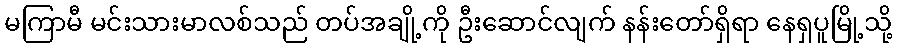
မကြာမီ မင်းသားမာလစ်သည် တပ်အချို့ကို ဦးဆောင်လျက် နန်းတော်ရှိရာ နေရှပူမြို့သို့